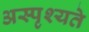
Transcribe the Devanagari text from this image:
अस्पृश्यते